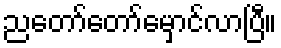
ညတော်တော်မှောင်လာပြီ။